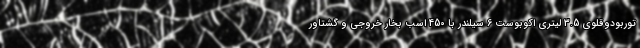
توربودوقلوی 3.5 لیتری اکوبوست 6 سیلندر با 450 اسب بخار خروجی و گشتاور